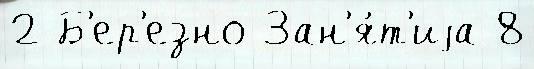
2 Б'ер'езно Зан'я́т'иjа 8